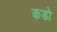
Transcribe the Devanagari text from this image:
कडो